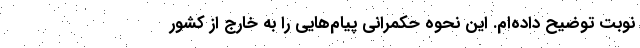
نوبت توضیح داده‌ام. این نحوه حکمرانی پیام‌هایی را به خارج از کشور